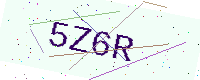
Text: 5Z6R